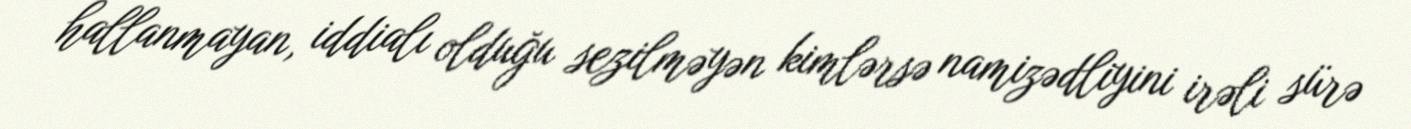
hallanmayan, iddialı olduğu sezilməyən kimlərsə namizədliyini irəli sürə